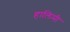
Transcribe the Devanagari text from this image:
हालिमी